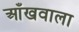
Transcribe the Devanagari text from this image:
आँखवाला